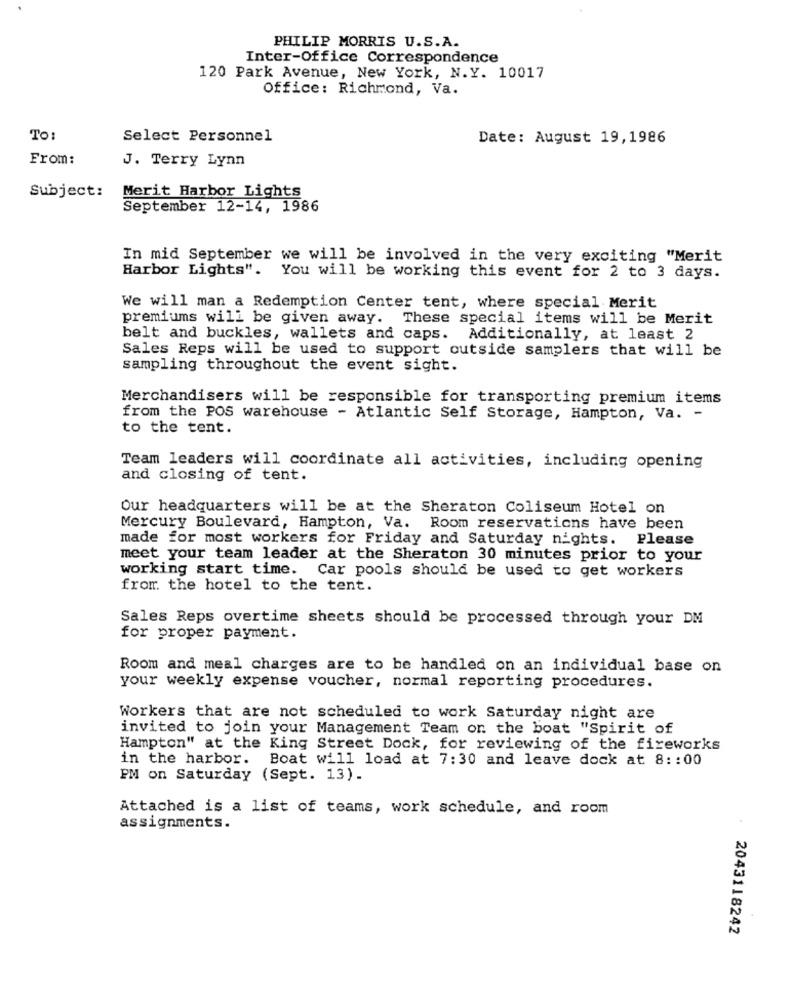
PHILIP MORRIS U.S.A.
Inter-Office Correspondence
120 Park Avenue, New York, N.Y. 10017
Office: Richmond, Va.
To:
Select Personnel
Date: August 19,1986
From:
J. Terry Lynn
Subject:
Merit Harbor Lights
September 12-14, 1986
In mid September we will be involved in the very exciting "Merit
Harbor Lights". You will be working this event for 2 to 3 days.
We will man a Redemption Center tent, where special Merit
premiums will be given away. These special items will be Merit
belt and buckles, wallets and caps. Additionally, at least 2
Sales Reps will be used to support outside samplers that will be
sampling throughout the event sight.
Merchandisers will be responsible for transporting premium items
from the POS warehouse - Atlantic Self Storage, Hampton, Va. -
to the tent.
Team leaders will coordinate all activities, including opening
and closing of tent.
Our headquarters will be at the Sheraton Coliseum Hotel on
Mercury Boulevard, Hampton, Va. Room reservations have been
made for most workers for Friday and Saturday nights. Please
meet your team leader at the Sheraton 30 minutes prior to your
working start time. Car pools should be used to get workers
from the hotel to the tent.
Sales Reps overtime sheets should be processed through your DM
for proper payment.
Room and meal charges are to be handled on an individual base on
your weekly expense voucher, normal reporting procedures.
Workers that are not scheduled to work Saturday night are
invited to join your Management Team on the boat "Spirit of
Hampton" at the King Street Dock, for reviewing of the fireworks
in the harbor. Boat will load at 7:30 and leave dock at 8 :: 00
PM on Saturday (Sept. 13).
Attached is a list of teams, work schedule, and room
assignments.
2043118242